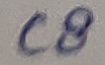
Text: C8